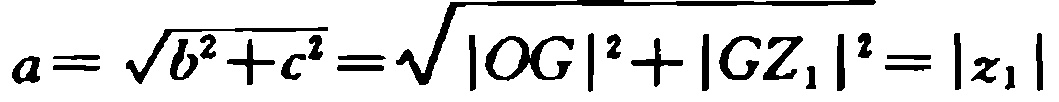
\(a = \sqrt{b^{2}+c^{2}}=\sqrt{|OG|^{2}+|GZ_{1}|^{2}} = |z_{1}|\)